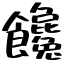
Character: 饞